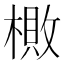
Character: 𬄎